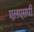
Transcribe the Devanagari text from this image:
एलएसपी